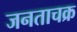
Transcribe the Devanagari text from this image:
जनताचक्र